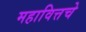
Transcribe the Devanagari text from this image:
महावित्तचे